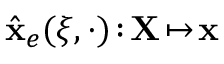
\hat { \bf x } _ { e } ( \xi , \cdot ) \! : \! { \bf X } \! \mapsto \! { \bf x }